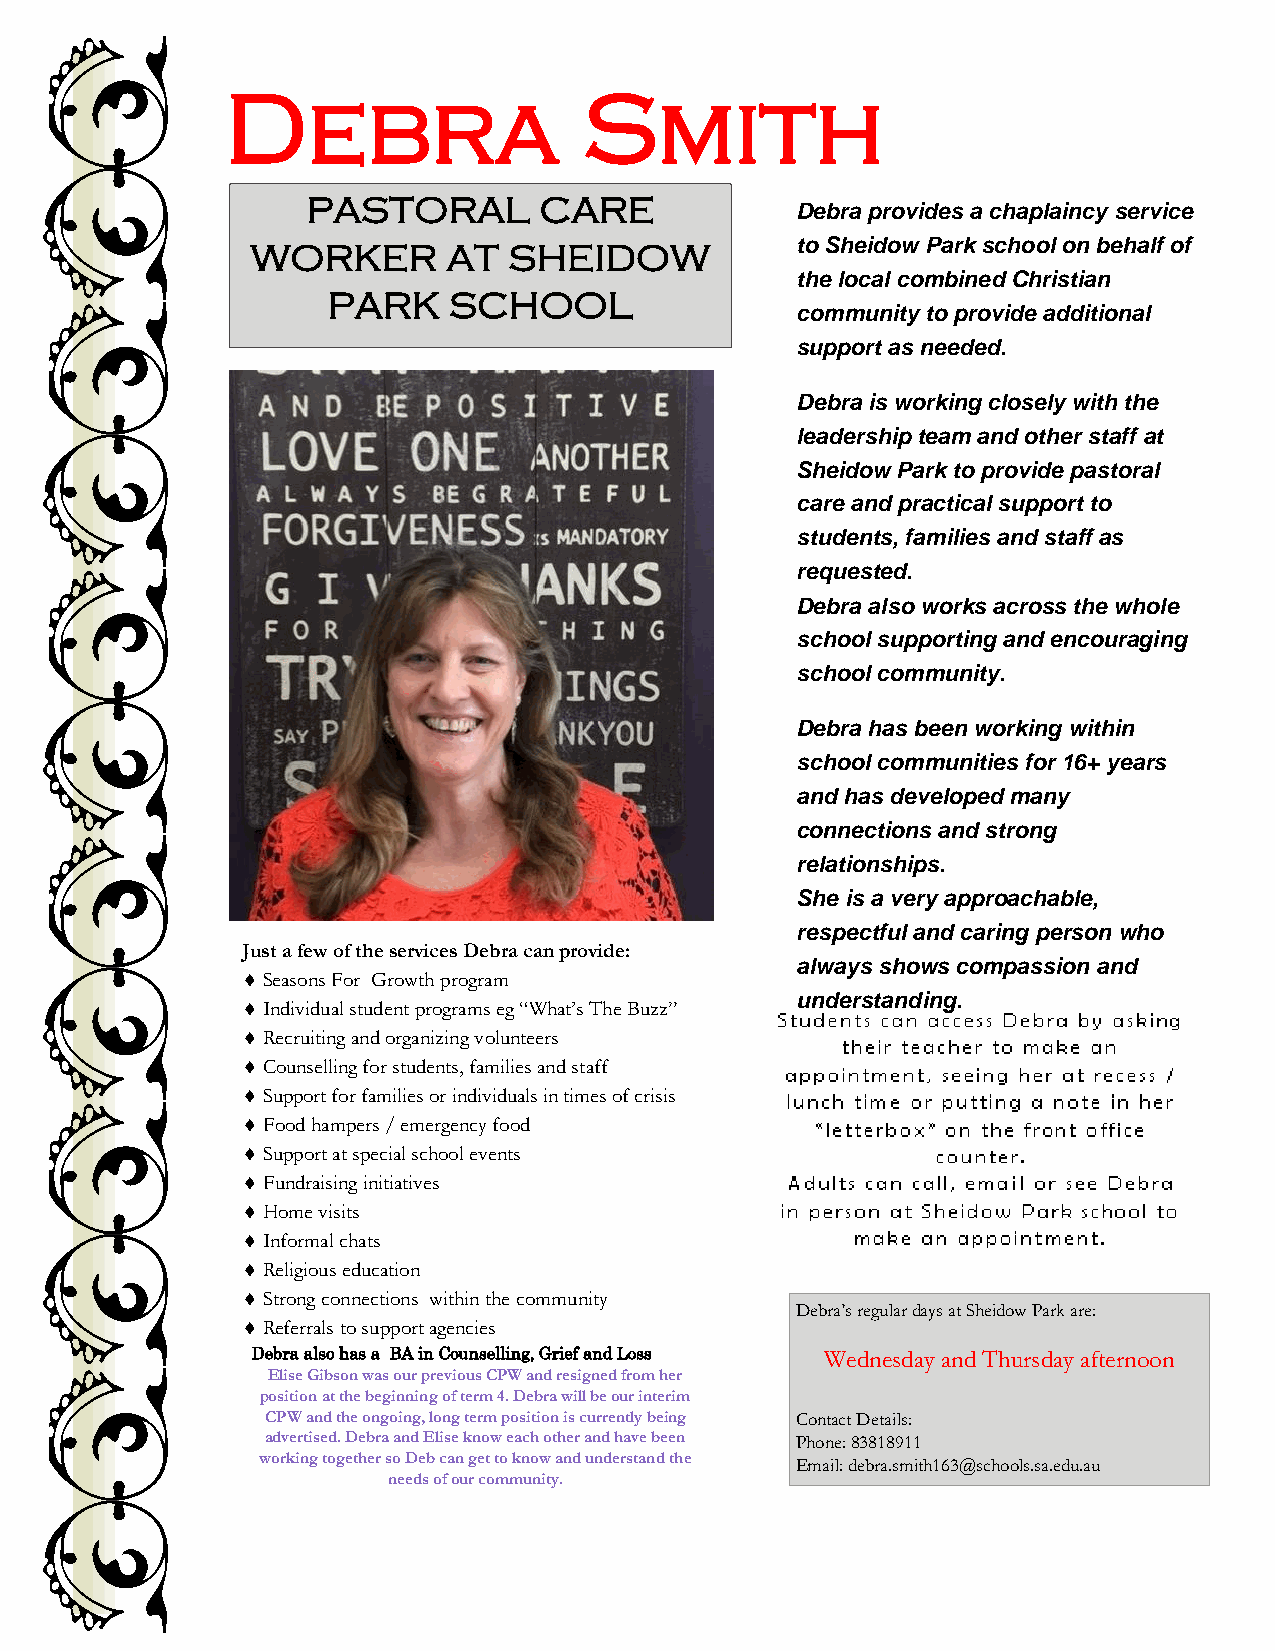
Debra                   Smith
 PASTORAL        CARE
 Debra provides a chaplaincy service
 WORKER       AT  SHEIDOW            to Sheidow Park school on behalf of
 the local combined Christian
 PARK    SCHOOL
 community to provide additional
 support as needed.
 Debra is working closely with the
 leadership team and other staff at
 Sheidow Park to provide pastoral
 care and practical support to
 students, families and staff as
 requested.
 Debra also works across the whole
 school supporting and encouraging
 school community.
 Debra has been working within
 school communities for 16+ years
 and has developed many
 connections and strong
 relationships.
 She is a very approachable,
 respectful and caring person who
 Just a few of the services Debra can provide:
 always shows compassion and
  Seasons For Growth program
 understanding.
  Individual student programs eg “What’s The Buzz”
  Recruiting and organizing volunteers
  Counselling for students, families and staff
  Support for families or individuals in times of crisis
  Food hampers / emergency food
  Support at special school events
  Fundraising initiatives
  Home visits
  Informal chats
  Religious education
  Strong connections within the community
 Debra’s regular days at Sheidow Park are:
  Referrals to support agencies
 Debra also has a BA in Counselling, Grief and Loss Wednesday and Thursday afternoon
 Elise Gibson was our previous CPW and resigned from her
 position at the beginning of term 4. Debra will be our interim
 CPW and the ongoing, long term position is currently being Contact Details:
 advertised. Debra and Elise know each other and have been Phone: 83818911
 working together so Deb can get to know and understand the
 Email: debra.smith163@schools.sa.edu.au
 needs of our community.